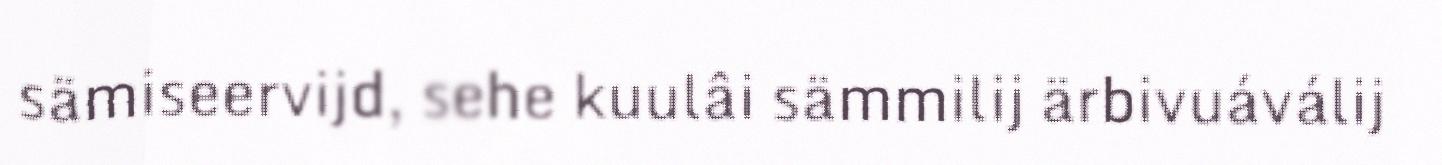
sämiseervijd, sehe kuulâi sämmilij ärbivuáválij